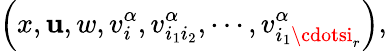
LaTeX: \left(x,\mathbf{u},w,v_{i}^{\alpha},v_{i_{1}i_{2}}^{\alpha},\cdots,v_{i_{1}\cdotsi_{r}}^{\alpha}\right),